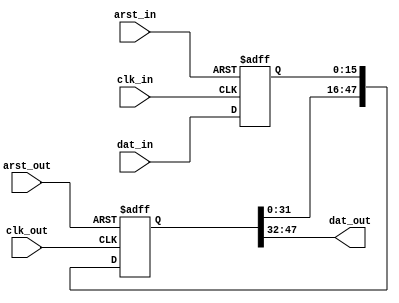
// Copyright 2009 Altera Corporation. All rights reserved.  
// Altera products are protected under numerous U.S. and foreign patents, 
// maskwork rights, copyrights and other intellectual property laws.  
//
// This reference design file, and your use thereof, is subject to and governed
// by the terms and conditions of the applicable Altera Reference Design 
// License Agreement (either as signed by you or found at www.altera.com).  By
// using this reference design file, you indicate your acceptance of such terms
// and conditions between you and Altera Corporation.  In the event that you do
// not agree with such terms and conditions, you may not use the reference 
// design file and please promptly destroy any copies you have made.
//
// This reference design file is being provided on an "as-is" basis and as an 
// accommodation and therefore all warranties, representations or guarantees of 
// any kind (whether express, implied or statutory) including, without 
// limitation, warranties of merchantability, non-infringement, or fitness for
// a particular purpose, are specifically disclaimed.  By making this reference
// design file available, Altera expressly does not recommend, suggest or 
// require that this reference design file be used in combination with any 
// other product not provided by Altera.
/////////////////////////////////////////////////////////////////////////////

module synchronizer #(
	parameter WIDTH = 16,
	parameter STAGES = 3 // should not be less than 2
)
(
	input clk_in,arst_in,
	input clk_out,arst_out,
	
	input [WIDTH-1:0] dat_in,
	output [WIDTH-1:0] dat_out	
);

// launch register
reg [WIDTH-1:0] d /* synthesis preserve */;
always @(posedge clk_in or posedge arst_in) begin
	if (arst_in) d <= 0;
	else d <= dat_in;
end

// capture registers
reg [STAGES*WIDTH-1:0] c /* synthesis preserve */;
always @(posedge clk_out or posedge arst_out) begin
	if (arst_out) c <= 0;
	else c <= {c[(STAGES-1)*WIDTH-1:0],d};
end

assign dat_out = c[STAGES*WIDTH-1:(STAGES-1)*WIDTH];

endmodule